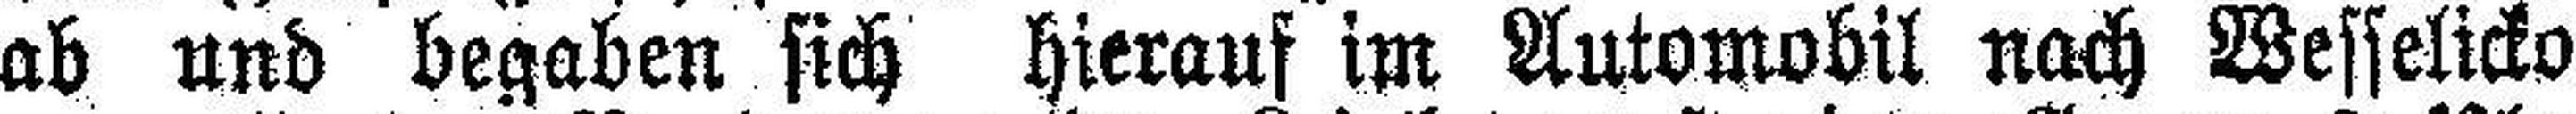
ab und begaben sich hierauf im Automobil nach Wesselicko